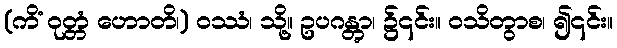
(ကိံ ဝုတ္တံ ဟောတိ၊) ဝဿံ၊ သို့။ ဥပဂန္တွာ၊ ၌၎င်း။ ဝသိတွာစ၊ ၍၎င်း။